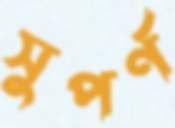
সুপর্ণ